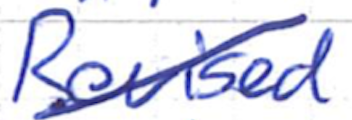
Text: Revised
Cross-out: diagonal
Writing tool: ballpoint